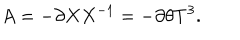
A = - \partial X X ^ { - 1 } = - \partial \theta T ^ { 3 } .